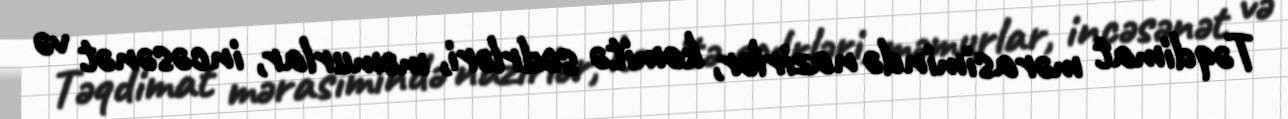
Təqdimat mərasimində nazirlər, komitə sədrləri, məmurlar, incəsənət və